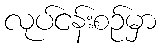
လုပ်ငန်းစဉ်မှာ